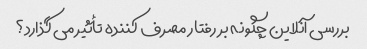
بررسی آنلاین چگونه بر رفتار مصرف کننده تأثیر می گذارد؟